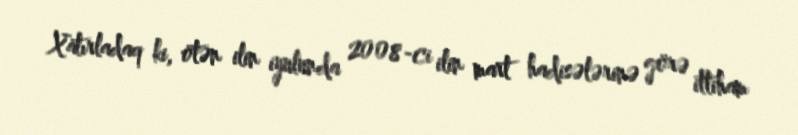
Xatırladaq ki, ötən ilin iyulunda 2008-ci ilin mart hadisələrinə görə ittiham